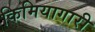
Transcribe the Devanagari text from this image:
किमियागारी